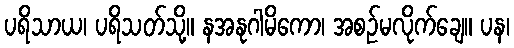
ပရိသာယ၊ ပရိသတ်သို့။ နအနုဂါမိကော၊ အစဉ်မလိုက်ချေ။ ပန၊